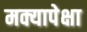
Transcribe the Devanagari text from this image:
मक्यापेक्षा